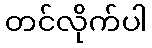
တင်လိုက်ပါ